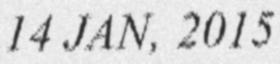
14 JAN, 2015